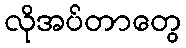
လိုအပ်တာတွေ